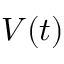
\mathbf { } V ( t )